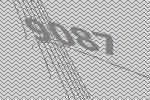
9087